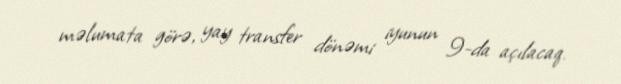
məlumata görə, yay transfer dönəmi iyunun 9-da açılacaq.